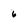
Character: 6